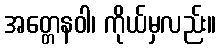
အတ္တေနဝါ၊ ကိုယ်မှလည်း။